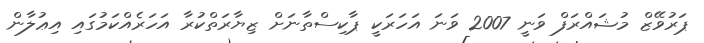
ޕަރުވޭޒް މުޝައްރަފް ވަނީ 2007 ވަނަ އަހަރަކީ ޕާކިސްތާނަށް ޒިޔާރަތްކުރާ އަހަރެއްކަމުގައި އިޢުލާން